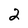
Character: 2